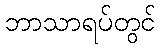
ဘာသာရပ်တွင်